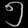
Digit: ၅